Civil Veterinary Dept. Bombay admin report 1914-1922 - 1914-1922
Year: 1914
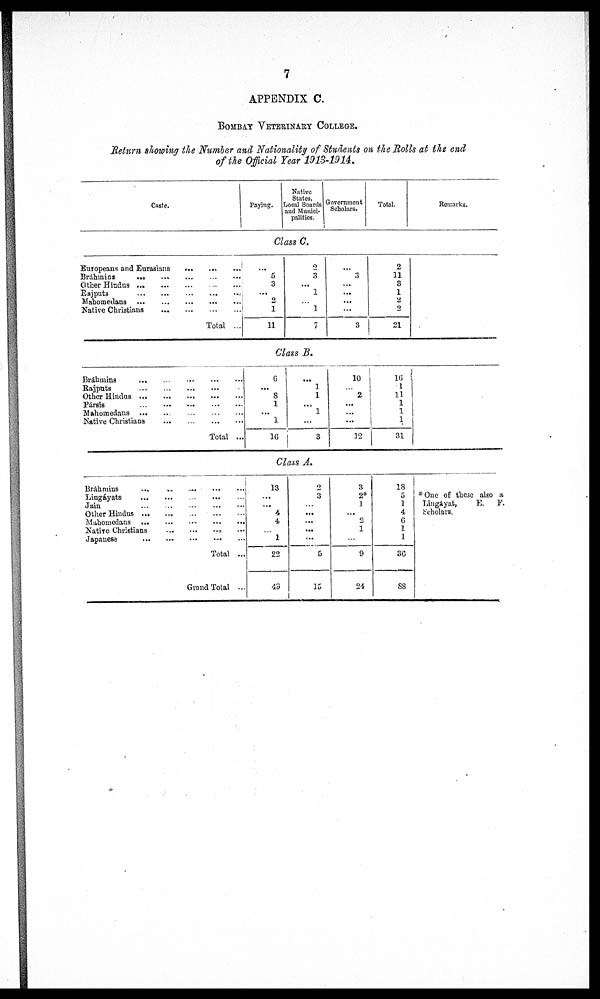
7
APPENDIX C.
BOMBAY VETERINARY COLLEGE.
Return showing the Number and Nationality of Students on the Rolls at the end
of the Official Year 1913-1914.
Caste.
Europeans and Eurasians
...
.... ...
Bráhmins
...
...
...
...
...
Other Hindus
...
...
...
...
...
Rajputs ... ... ... ... ... ...
Mahomedans
...
...
...
...
...
Native Christians
...
...
...
...
Total ...
Brahmins
...
...
...
...
...
Rajputs
...
...
...
...
...
Other Hindus
...
...
...
...
...
Pársis
...
...
...
...
...
Mahomedans ... ... ... ... ...
Native Christians ... ... ... ... ...
Total ...
Bráhmins ... ... ... ... ...
Lingáyats
...
...
...
...
...
Jain
...
...
...
...
...
Other Hindus
...
...
...
...
...
Mahomedans
...
...
...
...
...
Native Christians ... ... ... ... ...
Japanese ... ... ... ... ...
Total ..
Grand Total ...
Paying.
Native
States,
Local Boards
and Munici-
palities.
Class C.
...
5
3
...
2
1
11
2
3
...
1
...
1
7
Class B.
6
...
8
1
...
1
16
...
1
1
...
1
...
3
Class A.
13
...
...
4
4
...
1
22
43
2
3
...
...
...
...
...
5
15
Government
Scholars.
...
3
...
...
...
...
3
10
...
2
...
...
...
12
3
2*
1
... 2
1
...
9
24
Total.
2
11
3
1
2
2
21
16
1
11
1
1
1
31
18
5
1
4
6
1
1
36
88
Remarks.
* One of these also a
Lingáyat,
E. F.
Scholars.